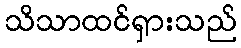
သိသာထင်ရှားသည်